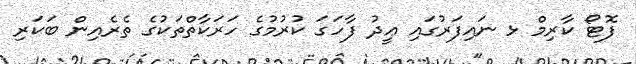
ފޮޓޯ ކާރިމް ޅ ނައިފަރުގައި ޢީދު ފާހަގަ ކުރުމުގެ ހަރަކާތްތަކުގެ ތެރެއިން ބަކަރި